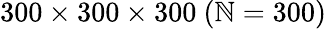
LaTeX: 300\times300\times300~(\mathbb{N}=300)